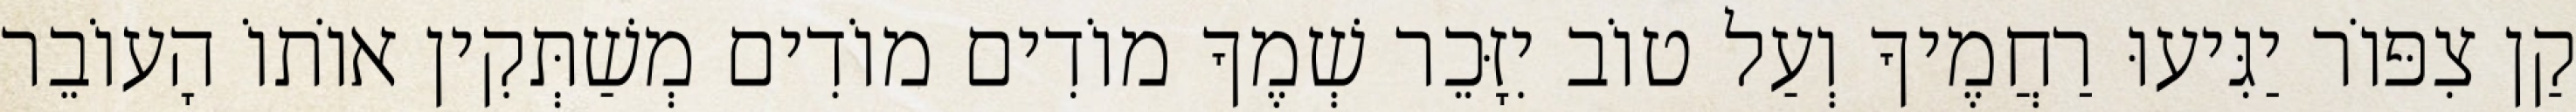
קַן צִפּוֹר יַגִּיעוּ רַחֲמֶיךָ וְעַל טוֹב יִזָּכֵר שְׁמֶךָ מוֹדִים מוֹדִים מְשַׁתְּקִין אוֹתוֹ הָעוֹבֵר